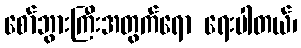
စော်ဘွားကြီးအတွက်ရော ရေးပါတယ်၊